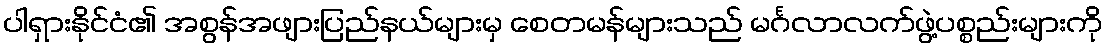
ပါရှားနိုင်ငံ၏ အစွန်အဖျားပြည်နယ်များမှ စေတမန်များသည် မင်္ဂလာလက်ဖွဲ့ပစ္စည်းများကို